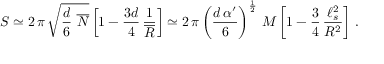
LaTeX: S \simeq 2 \, \pi \, \sqrt { \frac { d } { 6 } \ \overline { { N } } } \left[ 1 - \frac { 3 d } { 4 } \, \frac { 1 } { \overline { { { \cal R } } } } \right] \simeq 2 \, \pi \left( \frac { d \, \alpha ^ { \prime } } { 6 } \right) ^ { \frac { 1 } { 2 } } \, M \left[ 1 - \frac { 3 } { 4 } \, \frac { \ell _ { s } ^ { 2 } } { R ^ { 2 } } \right] \, .